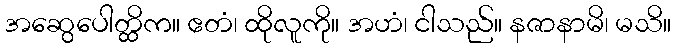
အဆွေပေါတ္ထိက။ ဧတံ၊ ထိုလူကို။ အဟံ၊ ငါသည်။ နဇာနာမိ၊ မသိ။